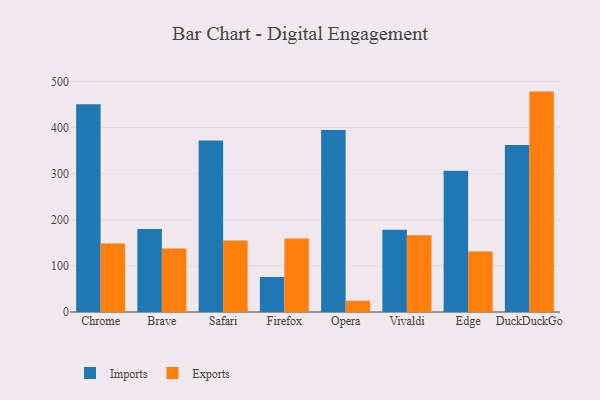
{"axis": {"x": "Browser", "y": "LTV (USD)"}, "legend": ["Exports", "Imports"], "data": [{"x": "Chrome", "y": 451.0, "type": "Imports"}, {"x": "Chrome", "y": 148.6, "type": "Exports"}, {"x": "Brave", "y": 180.1, "type": "Imports"}, {"x": "Brave", "y": 137.8, "type": "Exports"}, {"x": "Safari", "y": 372.0, "type": "Imports"}, {"x": "Safari", "y": 155.3, "type": "Exports"}, {"x": "Firefox", "y": 76.0, "type": "Imports"}, {"x": "Firefox", "y": 159.7, "type": "Exports"}, {"x": "Opera", "y": 394.8, "type": "Imports"}, {"x": "Opera", "y": 24.3, "type": "Exports"}, {"x": "Vivaldi", "y": 178.7, "type": "Imports"}, {"x": "Vivaldi", "y": 166.6, "type": "Exports"}, {"x": "Edge", "y": 306.6, "type": "Imports"}, {"x": "Edge", "y": 131.2, "type": "Exports"}, {"x": "DuckDuckGo", "y": 362.3, "type": "Imports"}, {"x": "DuckDuckGo", "y": 478.2, "type": "Exports"}]}